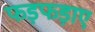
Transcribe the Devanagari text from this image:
फड़फड़ाए